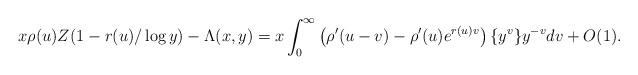
LaTeX: \begin{align*}x\rho(u)Z(1- r(u)/\log y)-\Lambda(x,y)= x\int_{0}^{\infty}\left(\rho'(u-v)-\rho'(u)e^{r(u)v}\right)\{y^v\}y^{-v}dv+ O(1).\end{align*}